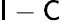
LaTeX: {\mathsf I}-{\mathsf C}